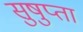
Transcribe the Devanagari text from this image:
सुषुप्ता